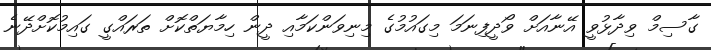
ގާސިމް ވިދާޅުވީ އޭނާއަށް ވޯދީފިނަމަ މިގައުމުގެ މިނިވަންކަމާއި ދީން ހިމާޔަތްކޮށް ތަރައްގީ ގައިމުކޮށްދޭނެ